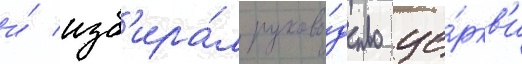
и́ изб'ира́л руково́дство це́ркв'и